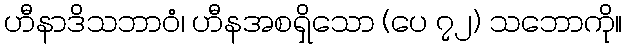
ဟီနာဒိသဘာဝံ၊ ဟီနအစရှိသော (ပေ ၇၂) သဘောကို။